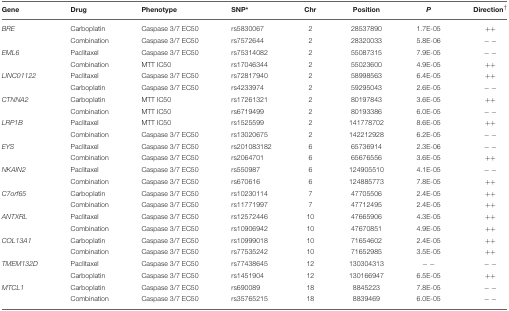
<table><thead><tr><td><b>Gene</b></td><td><b>Drug</b></td><td><b>Phenotype</b></td><td><b>SNP<sup>*</sup></b></td><td><b>Chr</b></td><td><b>Position</b></td><td><b><i>P</i></b></td><td><b>Direction<sup>†</sup></b></td></tr></thead><tbody><tr><td><i>BRE</i></td><td>Carboplatin</td><td>Caspase 3/7 EC50</td><td>rs5830067</td><td>2</td><td>28537890</td><td>1.7E-05</td><td>++</td></tr><tr><td></td><td>Combination</td><td>Caspase 3/7 EC50</td><td>rs7572644</td><td>2</td><td>28320033</td><td>5.8E-06</td><td>−−</td></tr><tr><td><i>EML6</i></td><td>Paclitaxel</td><td>Caspase 3/7 EC50</td><td>rs75314082</td><td>2</td><td>55087315</td><td>7.9E-05</td><td>−−</td></tr><tr><td></td><td>Combination</td><td>MTT IC50</td><td>rs17046344</td><td>2</td><td>55023600</td><td>4.9E-05</td><td>++</td></tr><tr><td><i>LINC01122</i></td><td>Paclitaxel</td><td>Caspase 3/7 EC50</td><td>rs72817940</td><td>2</td><td>58998563</td><td>6.4E-05</td><td>++</td></tr><tr><td></td><td>Carboplatin</td><td>Caspase 3/7 EC50</td><td>rs4233974</td><td>2</td><td>59295043</td><td>2.6E-05</td><td>−−</td></tr><tr><td><i>CTNNA2</i></td><td>Carboplatin</td><td>MTT IC50</td><td>rs17261321</td><td>2</td><td>80197843</td><td>3.6E-05</td><td>++</td></tr><tr><td></td><td>Combination</td><td>MTT IC50</td><td>rs6719499</td><td>2</td><td>80193386</td><td>6.0E-05</td><td>−−</td></tr><tr><td><i>LRP1B</i></td><td>Paclitaxel</td><td>MTT IC50</td><td>rs1525599</td><td>2</td><td>141778702</td><td>8.6E-05</td><td>++</td></tr><tr><td></td><td>Combination</td><td>Caspase 3/7 EC50</td><td>rs13020675</td><td>2</td><td>142212928</td><td>6.2E-05</td><td>−−</td></tr><tr><td><i>EYS</i></td><td>Paclitaxel</td><td>Caspase 3/7 EC50</td><td>rs201083182</td><td>6</td><td>65736914</td><td>2.3E-06</td><td>−−</td></tr><tr><td></td><td>Combination</td><td>Caspase 3/7 EC50</td><td>rs2064701</td><td>6</td><td>65676556</td><td>3.6E-05</td><td>++</td></tr><tr><td><i>NKAIN2</i></td><td>Paclitaxel</td><td>Caspase 3/7 EC50</td><td>rs550987</td><td>6</td><td>124905510</td><td>4.1E-05</td><td>−−</td></tr><tr><td></td><td>Combination</td><td>Caspase 3/7 EC50</td><td>rs670616</td><td>6</td><td>124885773</td><td>7.8E-05</td><td>++</td></tr><tr><td><i>C7orf65</i></td><td>Carboplatin</td><td>Caspase 3/7 EC50</td><td>rs10230114</td><td>7</td><td>47705506</td><td>2.4E-05</td><td>++</td></tr><tr><td></td><td>Combination</td><td>Caspase 3/7 EC50</td><td>rs11771997</td><td>7</td><td>47712495</td><td>2.4E-05</td><td>++</td></tr><tr><td><i>ANTXRL</i></td><td>Paclitaxel</td><td>Caspase 3/7 EC50</td><td>rs12572446</td><td>10</td><td>47665906</td><td>4.3E-05</td><td>++</td></tr><tr><td></td><td>Combination</td><td>Caspase 3/7 EC50</td><td>rs10906942</td><td>10</td><td>47670851</td><td>4.9E-05</td><td>++</td></tr><tr><td><i>COL13A1</i></td><td>Carboplatin</td><td>Caspase 3/7 EC50</td><td>rs10999018</td><td>10</td><td>71654602</td><td>2.4E-05</td><td>++</td></tr><tr><td></td><td>Combination</td><td>Caspase 3/7 EC50</td><td>rs77535242</td><td>10</td><td>71652985</td><td>3.5E-05</td><td>++</td></tr><tr><td><i>TMEM132D</i></td><td>Paclitaxel</td><td>Caspase 3/7 EC50</td><td>rs77438645</td><td>12</td><td>130304313</td><td>−−</td><td>−−</td></tr><tr><td></td><td>Carboplatin</td><td>Caspase 3/7 EC50</td><td>rs1451904</td><td>12</td><td>130166947</td><td>6.5E-05</td><td>++</td></tr><tr><td><i>MTCL1</i></td><td>Carboplatin</td><td>Caspase 3/7 EC50</td><td>rs690089</td><td>18</td><td>8845223</td><td>7.8E-05</td><td>−−</td></tr><tr><td></td><td>Combination</td><td>Caspase 3/7 EC50</td><td>rs35765215</td><td>18</td><td>8839469</td><td>6.0E-05</td><td>−−</td></tr></tbody></table>